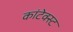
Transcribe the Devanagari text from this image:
कांटेक्स्ट